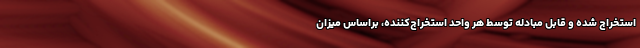
استخراج شده و قابل مبادله توسط هر واحد استخراج‌کننده، براساس میزان